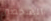
الشخصين